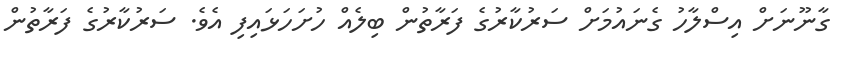
ގާނޫނަށް އިސްލާހު ގެނައުމަށް ސަރުކާރުގެ ފަރާތުން ބިލެއް ހުށަހަޅައިފި އެވެ. ސަރުކާރުގެ ފަރާތުން